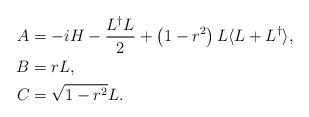
LaTeX: \begin{align*}A &= -i H - \dfrac{L^{\dagger}L}{2} + \left(1 - r^2\right)L \langle L + L^{\dagger}\rangle,\\B &= r L,\\C &= \sqrt{1 - r^2}L.\end{align*}